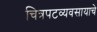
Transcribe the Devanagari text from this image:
चित्रपटव्यवसायाचे